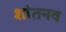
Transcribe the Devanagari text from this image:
शांतनव